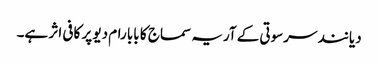
دیانند سرسوتی کے آریہ سماج کا بابا رام دیو پر کافی اثر ہے۔